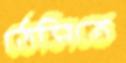
ঠেসিতে